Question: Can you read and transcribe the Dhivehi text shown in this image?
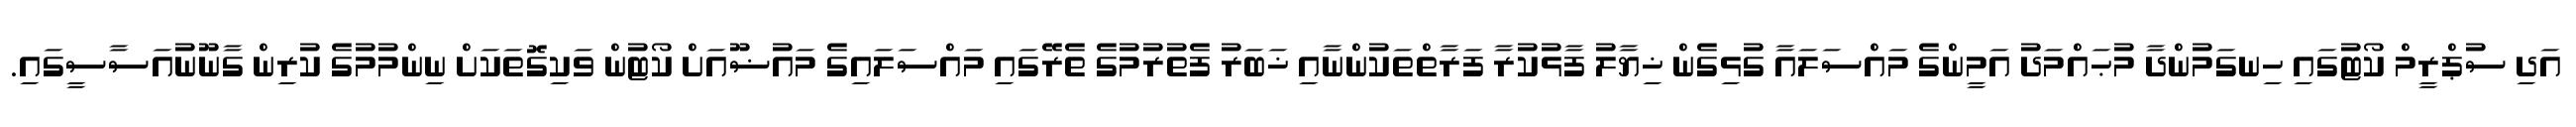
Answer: އަދި ސުޕްރީމް ކޯޓުގައި ހިނގަމުންދާ މުޙައްމަދު އަމީންގެ މައްސަލައާ ގުޅިގެން ޚިޔާލު ފާޅުކުރާ ފަރާތްތަކުންނާއި ޚަބަރު ފެތުރުމުގެ ތެރޭގައި މައްސަލައިގެ މައުޟޫއަށް ކޯޓުން ވަކިގޮތަކަށް ނިންމުމުގެ ކުރިން ގާނޫނުއަސާސީގައި.